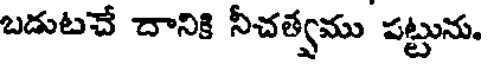
బడుటచే దానికి నీచత్వము పట్టును.